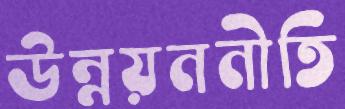
উন্নয়ননীতি